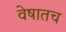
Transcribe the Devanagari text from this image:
वेषातच